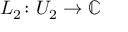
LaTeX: L _ { 2 } \colon U _ { 2 } \to \mathbb { C }